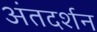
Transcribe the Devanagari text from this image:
अंतदर्शन